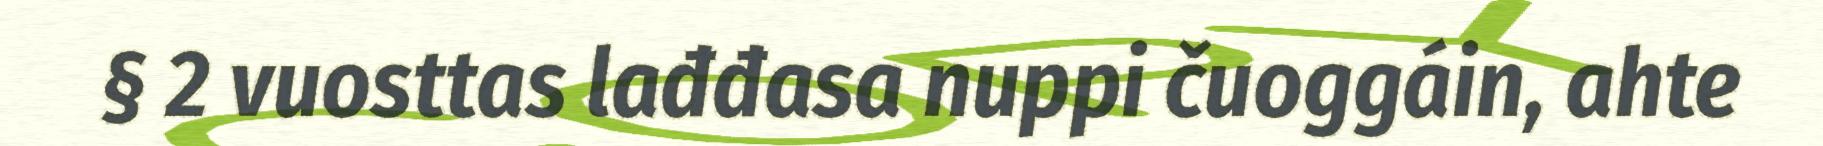
§ 2 vuosttas lađđasa nuppi čuoggáin, ahte